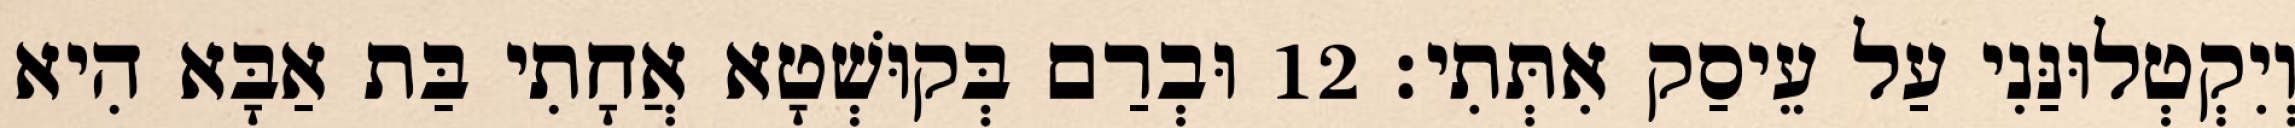
וְיִקְטְלוּנַּנִי עַל עֵיסַק אִתְּתִי׃ 12 וּבְרַם בְּקוּשְׁטָא אֲחָתִי בַּת אַבָּא הִיא